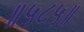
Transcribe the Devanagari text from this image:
॥५८५॥